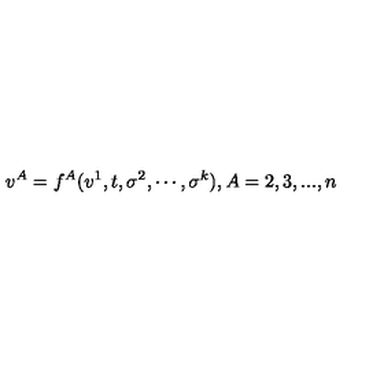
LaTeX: v ^ { A } = f ^ { A } ( v ^ { 1 } , t , \sigma ^ { 2 } , \cdots , \sigma ^ { k } ) , A = 2 , 3 , . . . , n